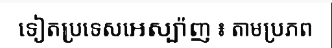
ទៀតប្រទេសអេស្ប៉ាញ ៖ តាមប្រភព